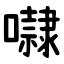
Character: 㘑